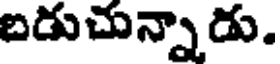
బడుచున్నాడు.